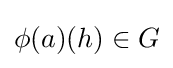
\phi (a)(h)\in G